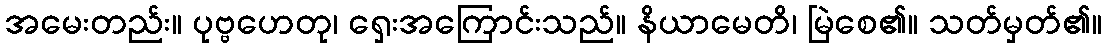
အမေးတည်း။ ပုဗ္ဗဟေတု၊ ရှေးအကြောင်းသည်။ နိယာမေတိ၊ မြဲစေ၏။ သတ်မှတ်၏။